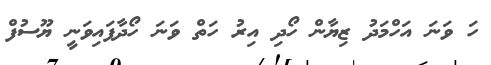
ހަ ވަނަ އަހްމަދު ޒިޔާން ހޯދި އިރު ހަތް ވަނަ ހޯދާފައިވަނީ ޔޫސުފް